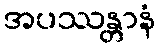
အပဿန္တာနံ